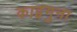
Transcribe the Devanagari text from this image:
काइगुना